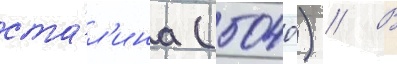
ста́л'ина (5040) // В